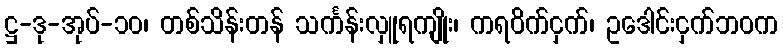
ဋ္ဌ-ဒု-အုပ်-၁၀၊ တစ်သိန်းတန် သင်္ကန်းလှူရကျိုး၊ ကရဝိက်ငှက်၊ ဥဒေါင်းငှက်ဘဝက